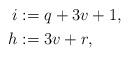
LaTeX: \begin{align*}i & := q+3v+1,\\h & := 3 v + r,\end{align*}